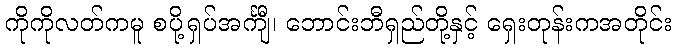
ကိုကိုလတ်ကမူ စပို့ရှပ်အင်္ကျီ၊ ဘောင်းဘီရှည်တို့နှင့် ရှေးတုန်းကအတိုင်း